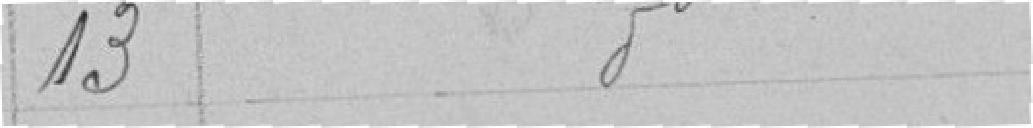
13 - Idem